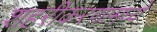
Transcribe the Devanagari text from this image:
शहरीकरणामध्ये